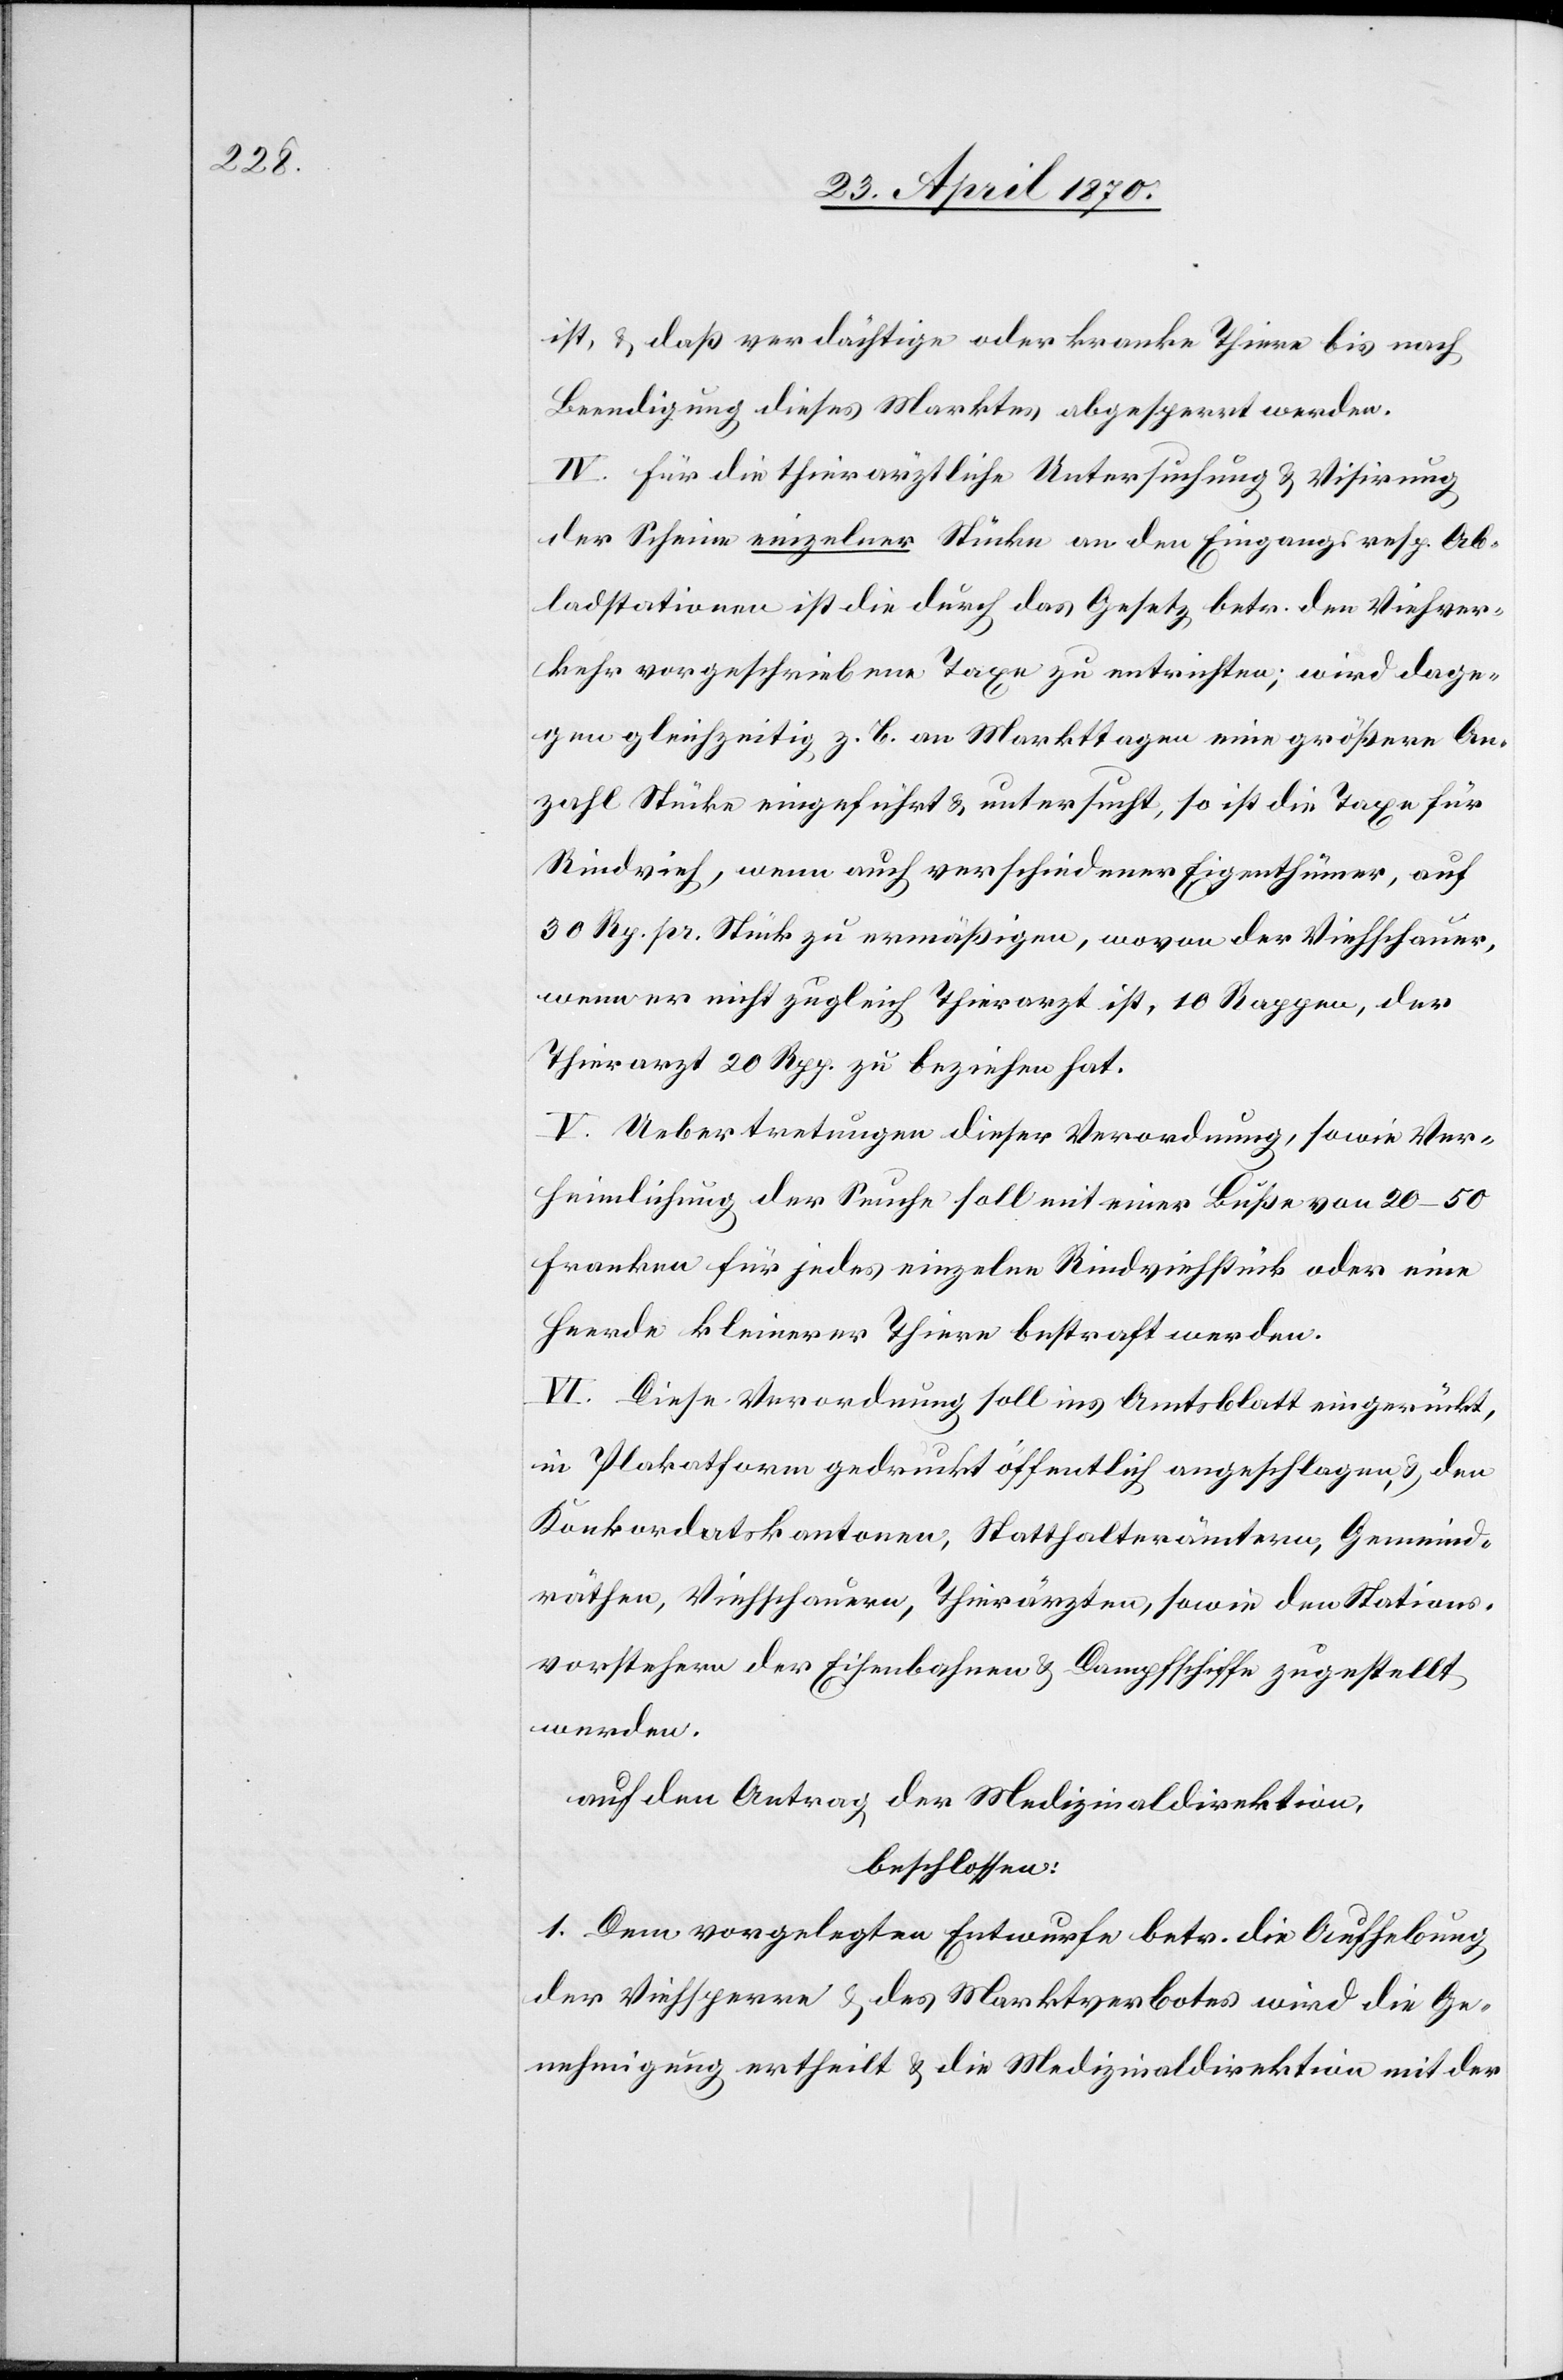
ist, & daß verdächtige oder kranke Thiere bis nach
Beendigung dieses Marktes abgesperrt werden.
IV. Für die thierärztliche Untersuchung & Visirung
der Scheine einzelner Stücke an den Eingangs[-] resp. Ab¬
ladstationen ist die durch das Gesetz betr. den Viehver¬
kehr vorgeschriebene Taxe zu entrichten; wird dage¬
gen gleichzeitig z. B. an Markttagen eine größere An¬
zahl Stücke eingeführt & untersucht, so ist die Taxe für
Rindvieh, wenn auch verschiedener Eigenthümer, auf
30 Rp. pr. Stück zu ermäßigen, wovon der Viehschauer,
wenn er nicht zugleich Thierarzt ist, 10 Rappen, der
Thierarzt 20 Rpp. zu beziehen hat.
V. Uebertretungen dieser Verordnung, sowie Ver¬
heimlichung der Seuche soll mit einer Buße von 20–50
Franken für jedes einzelne Rindviehstück oder eine
Heerde kleinerer Thiere bestraft werden.
VI. Diese Verordnung soll ins Amtsblatt eingerückt,
in Plakatform gedruckt öffentlich angeschlagen, & den
Konkordatskantonen, Statthalterämtern, Gemeinde¬
räthen, Viehschauern, Thierärzten, sowie den Stations¬
vorstehern der Eisenbahnen & Dampfschiffe zugestellt
werden.
auf den Antrag der Medizinaldirektion,
beschlossen:
1. Dem vorgelegten Entwurfe betr. die Aufhebung
der Viehsperre & des Marktverbotes wird die Ge¬
nehmigung ertheilt & die Medizinaldirektion mit der